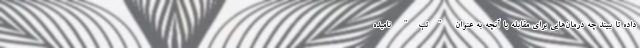
داده تا ببیند چه درمان‌هایی برای مقابله با آنچه به عنوان "تب" نامیده